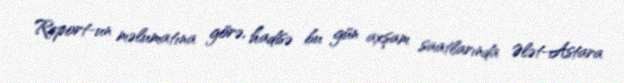
Report-un məlumatına görə, hadisə bu gün axşam saatlarında Ələt-Astara